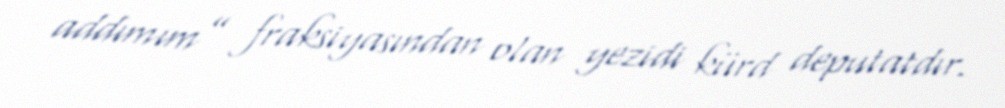
addımım” fraksiyasından olan yezidi kürd deputatdır.